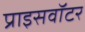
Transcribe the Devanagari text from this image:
प्राइसवॉटर